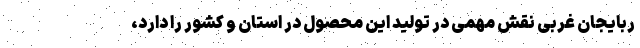
ربایجان غربی نقش مهمی در تولید این محصول در استان و کشور را دارد،